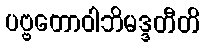
ပဗ္ဗတောဝါဘိမဒ္ဒတီတိ